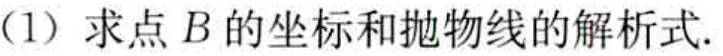
(1) 求点 \(B\) 的坐标和抛物线的解析式.